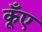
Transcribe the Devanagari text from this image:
कूँए